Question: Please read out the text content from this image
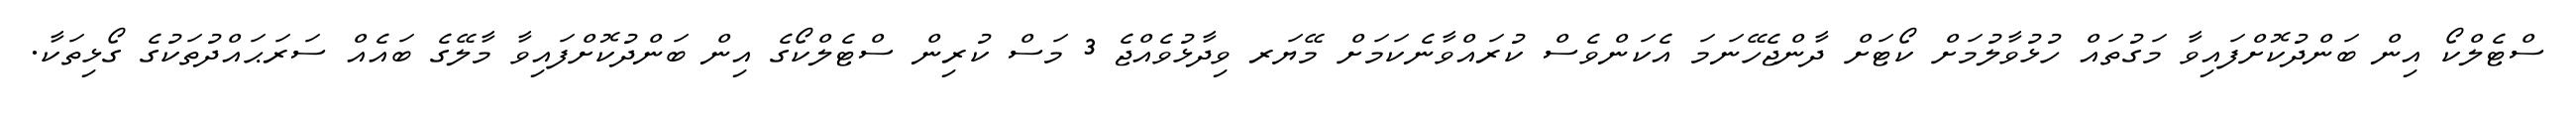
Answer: ސްޓެލްކޯ އިން ބަންދުކޮށްފައިވާ މަގުތައް ހުޅުވާލުމަށް ކޯޓަށް ދާންޖެހޭނަމަ އެކަންވެސް ކުރައްވާނެކަމަށް މޭޔަރ ވިދާޅުވެއްޖެ 3 މަސް ކުރިން ސްޓެލްކޯގެ އިން ބަންދުކޮށްފައިވާ މާލޭގެ ބައެއް ސަރަޙައްދުތަކުގެ ގޯޅިތަކާ.